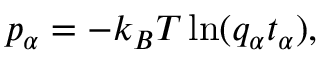
p _ { \alpha } = - k _ { B } T \ln ( q _ { \alpha } t _ { \alpha } ) ,